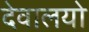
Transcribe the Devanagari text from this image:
देवालयो